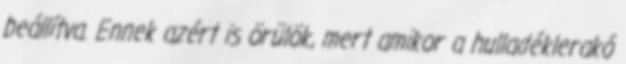
beállítva. Ennek azért is örülök, mert amikor a hulladéklerakó